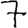
Digit: 7